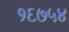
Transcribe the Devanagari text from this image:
१६७५४